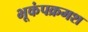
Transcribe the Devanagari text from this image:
भूकंपक्रमश